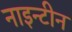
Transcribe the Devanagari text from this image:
नाइन्टीन